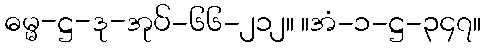
ဓမ္မ-ဋ္ဌ-ဒု-အုပ်-၆၆-၂၁၂။ ။အံ-၁-ဋ္ဌ-၃၄၇။